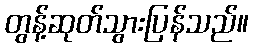
တွန့်ဆုတ်သွားပြန်သည်။